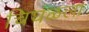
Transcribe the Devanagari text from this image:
चिघळला